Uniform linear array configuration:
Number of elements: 48
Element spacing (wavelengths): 0.25
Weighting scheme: uniform
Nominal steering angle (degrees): -45
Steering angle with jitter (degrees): -44.731
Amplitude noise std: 0.05
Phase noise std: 0.05

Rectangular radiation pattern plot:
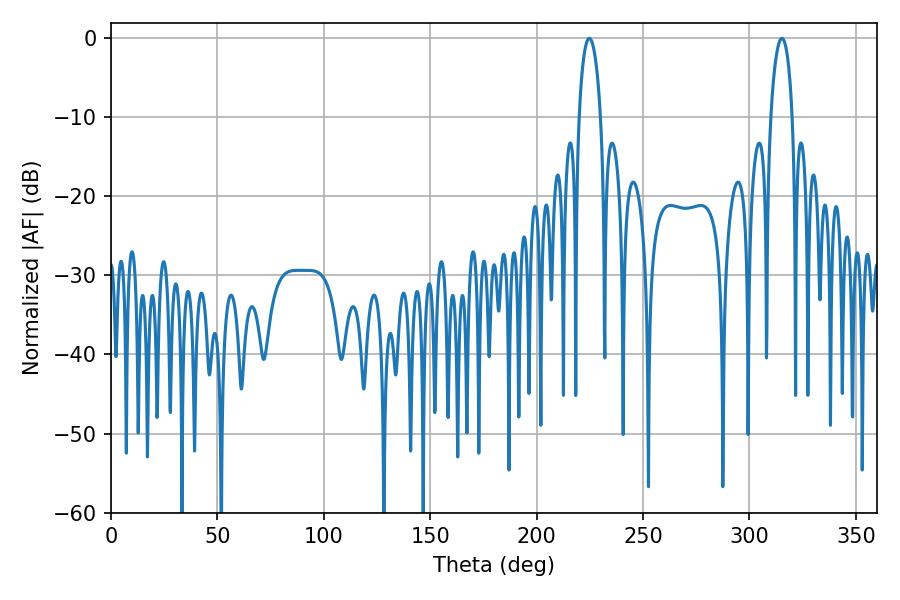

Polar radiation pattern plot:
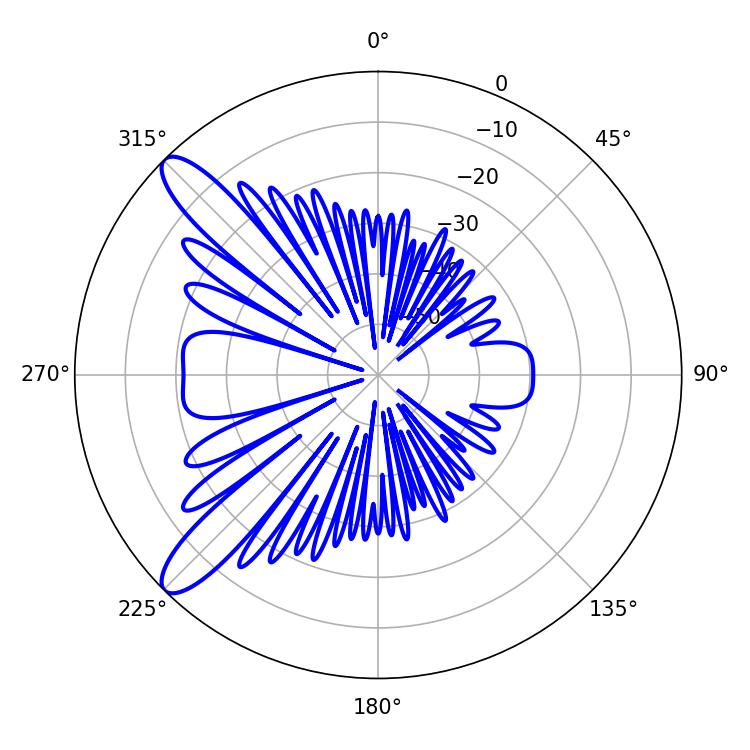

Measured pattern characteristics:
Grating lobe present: FALSE
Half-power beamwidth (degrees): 5.76
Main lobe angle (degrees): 224.82